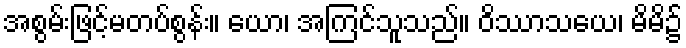
အစွမ်းဖြင့်မတပ်စွန်း။ ယော၊ အကြင်သူသည်။ ဝိဿာသယေ၊ မိမိ၌